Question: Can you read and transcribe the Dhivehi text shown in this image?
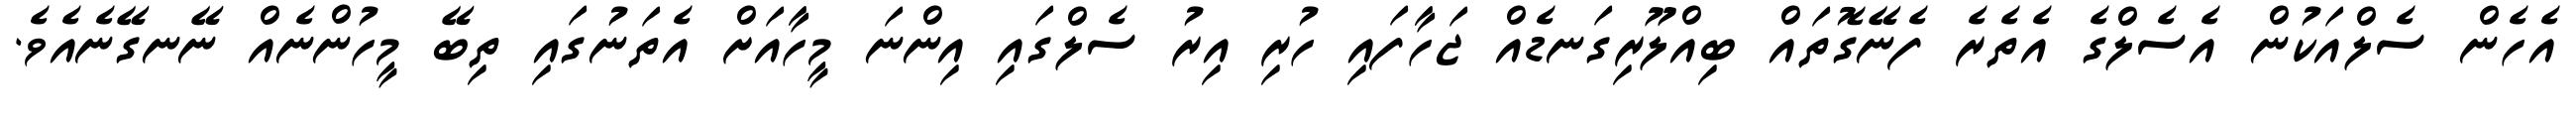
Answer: އެހެން ސެލްއަކުން އެސެލްގެ އެތެރެ ފެނޭގޮތައް ބިއްލޫރިގަނޑެއް ޖަހާފައި ހުރި އިރު ސެލްގައި އިންނަ މީހާއަށް އެތަނުގައި ތިބޭ މީހުންނެއް ނޭނގޭނެއެވެ.